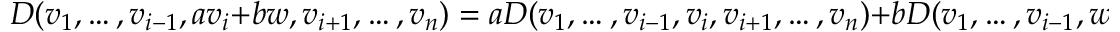
D ( v _ { 1 } , \dots , v _ { i - 1 } , a v _ { i } + b w , v _ { i + 1 } , \dots , v _ { n } ) = a D ( v _ { 1 } , \dots , v _ { i - 1 } , v _ { i } , v _ { i + 1 } , \dots , v _ { n } ) + b D ( v _ { 1 } , \dots , v _ { i - 1 } , w , v _ { i + 1 } , \dots , v _ { n } )